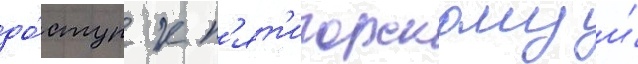
до́ступ к п'ят'игорскому и́